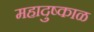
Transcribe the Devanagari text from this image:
महादुष्काळ